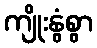
ကျိုးနွံစွာ